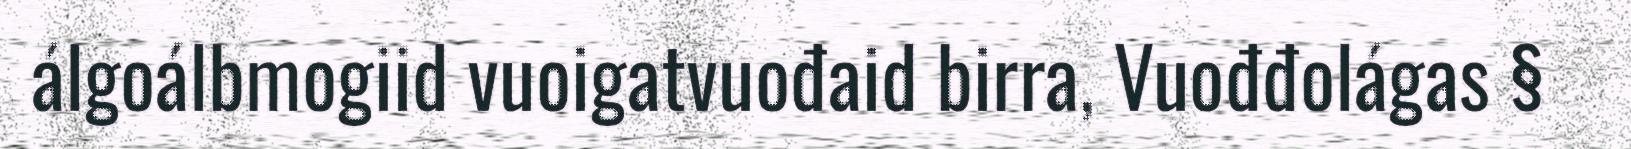
álgoálbmogiid vuoigatvuođaid birra, Vuođđolágas §